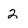
Character: 2